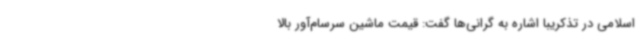
اسلامی در تذکریبا اشاره به گرانی‌ها گفت: قیمت ماشین سرسام‌آور بالا